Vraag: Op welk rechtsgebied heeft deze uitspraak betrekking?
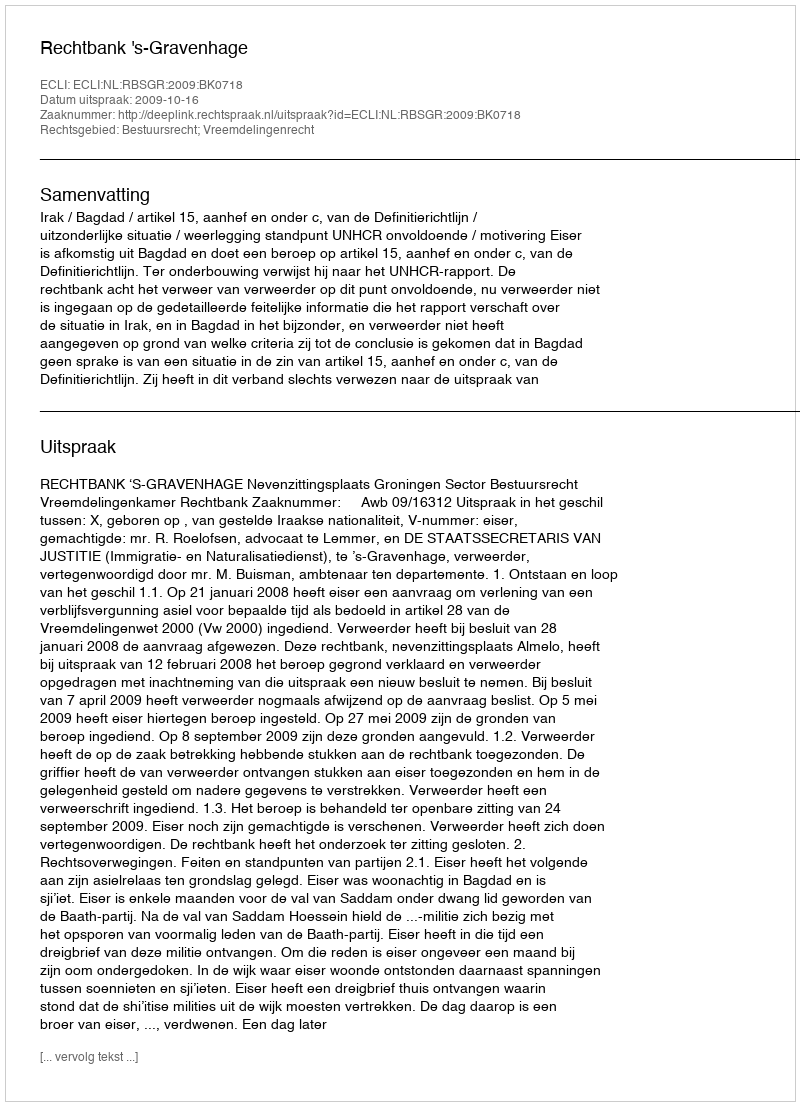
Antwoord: Bestuursrecht; Vreemdelingenrecht